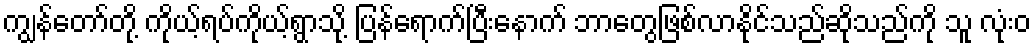
ကျွန်တော်တို့ ကိုယ့်ရပ်ကိုယ့်ရွာသို့ ပြန်ရောက်ပြီးနောက် ဘာတွေဖြစ်လာနိုင်သည်ဆိုသည်ကို သူ လုံးဝ